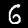
Digit: 6